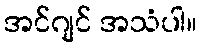
အင်ဂျင် အသံပါ။